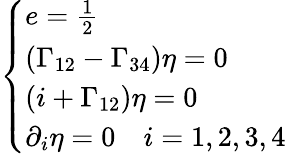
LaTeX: \left\{ \begin{array}{llll}{{e=\frac{1}{2}}}\\ {{(\Gamma_{12}-\Gamma_{34})\eta=0}}\\ {{(i+\Gamma_{12})\eta=0}}\\ {{\partial_{i}\eta=0\quad i=1,2,3,4}}\end{array}\right.